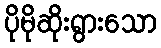
ပိုမိုဆိုးရွားသော